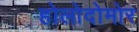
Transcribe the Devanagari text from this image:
होलोदोमोर